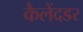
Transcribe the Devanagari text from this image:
कैलेंदडर